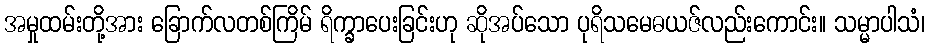
အမှုထမ်းတို့အား ခြောက်လတစ်ကြိမ် ရိက္ခာပေးခြင်းဟု ဆိုအပ်သော ပုရိသမေဓယဇ်လည်းကောင်း။ သမ္မာပါသံ၊